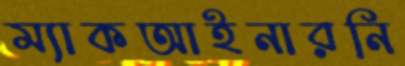
ম্যাকআইনারনি